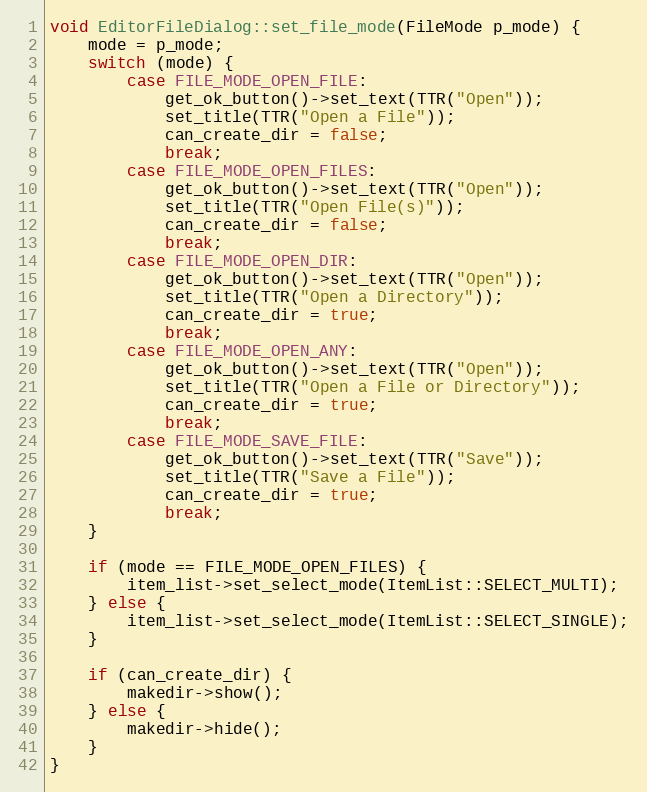
Language: C++
void EditorFileDialog::set_file_mode(FileMode p_mode) {
	mode = p_mode;
	switch (mode) {
		case FILE_MODE_OPEN_FILE:
			get_ok_button()->set_text(TTR("Open"));
			set_title(TTR("Open a File"));
			can_create_dir = false;
			break;
		case FILE_MODE_OPEN_FILES:
			get_ok_button()->set_text(TTR("Open"));
			set_title(TTR("Open File(s)"));
			can_create_dir = false;
			break;
		case FILE_MODE_OPEN_DIR:
			get_ok_button()->set_text(TTR("Open"));
			set_title(TTR("Open a Directory"));
			can_create_dir = true;
			break;
		case FILE_MODE_OPEN_ANY:
			get_ok_button()->set_text(TTR("Open"));
			set_title(TTR("Open a File or Directory"));
			can_create_dir = true;
			break;
		case FILE_MODE_SAVE_FILE:
			get_ok_button()->set_text(TTR("Save"));
			set_title(TTR("Save a File"));
			can_create_dir = true;
			break;
	}

	if (mode == FILE_MODE_OPEN_FILES) {
		item_list->set_select_mode(ItemList::SELECT_MULTI);
	} else {
		item_list->set_select_mode(ItemList::SELECT_SINGLE);
	}

	if (can_create_dir) {
		makedir->show();
	} else {
		makedir->hide();
	}
}